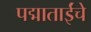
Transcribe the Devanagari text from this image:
पद्माताईंचे